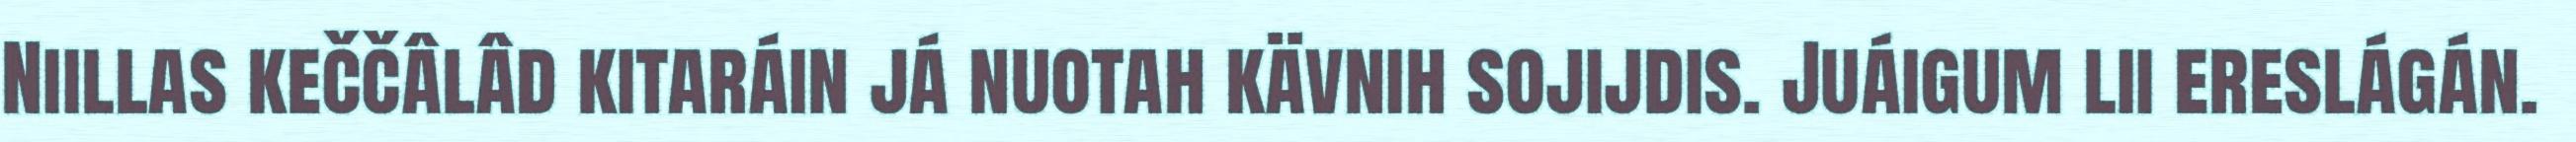
Niillas keččâlâd kitaráin já nuotah kävnih sojijdis. Juáigum lii ereslágán.